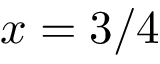
x = 3 / 4